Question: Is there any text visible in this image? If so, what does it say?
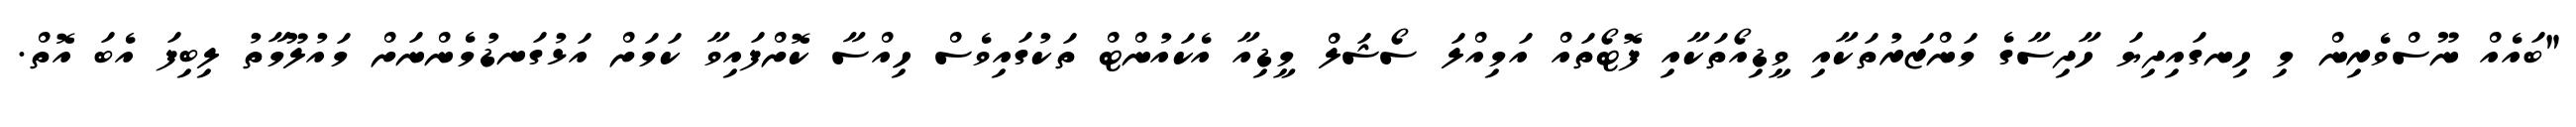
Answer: "ބައެއް ނޫސްވެރިން މި ހިނގައިދިޔަ ހާދިސާގެ މަންޒަރުތަކާއި ވީޑިއޯތަކާއި ފޮޓޯތައް އަމިއްލަ ސޯޝަލް މީޑިއާ އެކައުންޓް ތަކުގައިވެސް ހިއްސާ ކޮށްފައިވާ ކަމަށް އަޅުގަނޑުމެންނަށް މައުލޫމާތު ލިބިފަ އެބަ އޮތް.